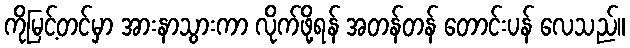
ကိုမြင့်တင်မှာ အားနာသွားကာ လိုက်ဖို့ရန် အတန်တန် တောင်းပန် လေသည်။